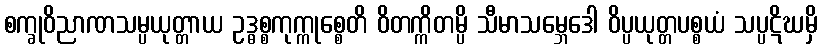
စက္ခုဝိညာဏသမ္ပယုတ္တာယ ဥဒ္ဓစ္စကုက္ကုစ္စေတိ ဝိတက္ကိတမ္ပိ သီမာသမ္ဘေဒေါ ဝိပ္ပယုတ္တပစ္စယံ သပ္ပဋိဃမှိ